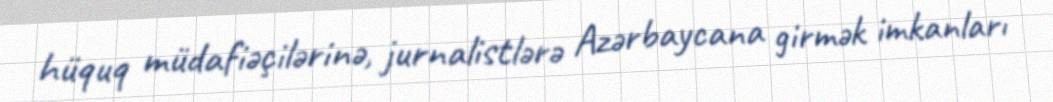
hüquq müdafiəçilərinə, jurnalistlərə Azərbaycana girmək imkanları